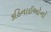
કઠિનાઈઓનો